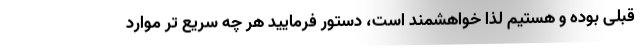
قبلی بوده و هستیم لذا خواهشمند است، دستور فرمایید هر چه سریع تر موارد